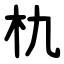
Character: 朹